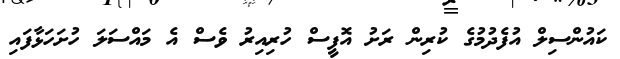
ކައުންސިލް އުފެދުމުގެ ކުރިން ރަށު އޮފީސް ހުރިއިރު ވެސް އެ މައްސަލަ ހުށަހަޅާފައި